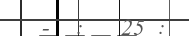
-  :   25 :